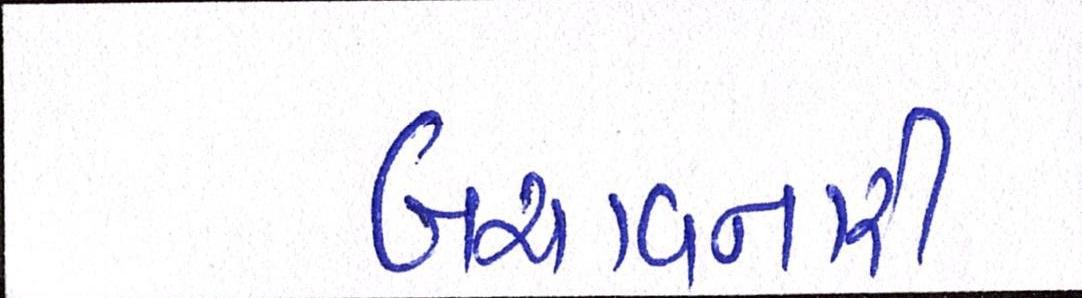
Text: બચાવનારી